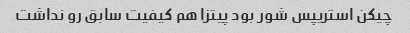
چیکن استریپس شور بود پیتزا هم کیفیت سابق رو نداشت